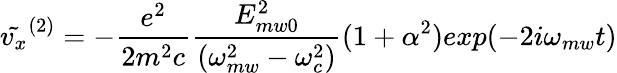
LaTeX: \tilde{v_{x}}^{(2)}=-\frac{e^{2}}{2m^{2}c}\frac{E_{mw0}^{2}}{(\omega_{mw}^{2}-\omega_{c}^{2})}(1+\alpha^{2})exp(-2i\omega_{mw}t)